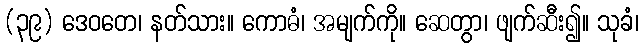
(၃၉) ဒေဝတေ၊ နတ်သား။ ကောဓံ၊ အမျက်ကို။ ဆေတွာ၊ ဖျက်ဆီး၍။ သုခံ၊